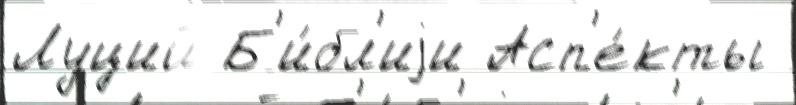
Луций Б'и́бл'иjи Асп'е́кты